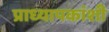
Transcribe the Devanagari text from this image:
प्राध्यापकांशी